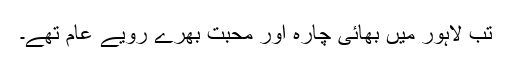
تب لاہور میں بھائی چارہ اور محبت بھرے رویے عام تھے۔